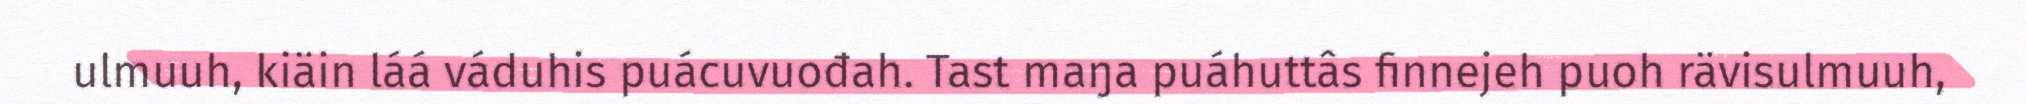
ulmuuh, kiäin láá váduhis puácuvuođah. Tast maŋa puáhuttâs finnejeh puoh rävisulmuuh,